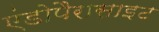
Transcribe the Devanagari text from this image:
एंडोपैरासाइट